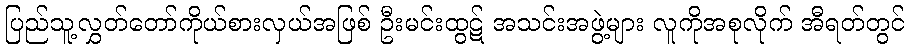
ပြည်သူ့လွှတ်တော်ကိုယ်စားလှယ်အဖြစ် ဦးမင်းထွဋ် အသင်းအဖွဲ့များ လူကိုအစုလိုက် အီရတ်တွင်